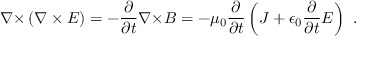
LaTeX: { \boldsymbol { \nabla \times } } \left( { \boldsymbol { \nabla \times E } } \right) = - { \frac { \partial } { \partial t } } { \boldsymbol { \nabla \times } } { \boldsymbol { B } } = - \mu _ { 0 } { \frac { \partial } { \partial t } } \left( { \boldsymbol { J } } + \epsilon _ { 0 } { \frac { \partial } { \partial t } } { \boldsymbol { E } } \right) \ .